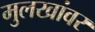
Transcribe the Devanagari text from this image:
मुलखांवर